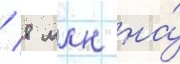
/ 8 млн на́